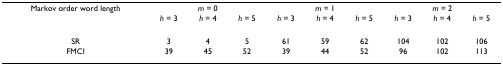
| Markov order word length | <COLSPAN=3> m = 0 | <COLSPAN=3> m = 1 | <COLSPAN=3> m = 2 |
 |  | h = 3 | h = 4 | h = 5 | h = 3 | h = 4 | h = 5 | h = 3 | h = 4 | h = 5 |
 | --- | --- | --- | --- | --- | --- | --- | --- | --- | --- |
 | SR | 3 | 4 | 5 | 61 | 59 | 62 | 104 | 102 | 106 |
 | FMCI | 39 | 45 | 52 | 39 | 44 | 52 | 96 | 102 | 113 |